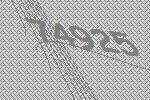
74925